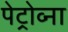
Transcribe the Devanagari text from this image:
पेट्रोव्ना